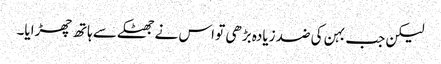
لیکن جب بہن کی ضد زیادہ بڑھی تو اس نے جھٹکے سے ہاتھ چھڑایا۔